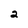
Character: 2